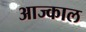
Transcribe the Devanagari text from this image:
आज्काल